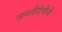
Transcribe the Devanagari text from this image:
जननीदेवीची